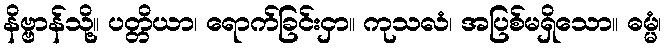
နိဗ္ဗာန်သို့။ ပတ္တိယာ၊ ရောက်ခြင်းငှာ။ ကုသလံ၊ အပြစ်မရှိသော။ ဓမ္မံ၊